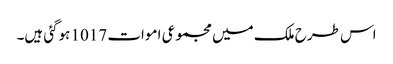
اس طرح ملک میں مجموعی اموات 1017 ہوگئی ہیں۔